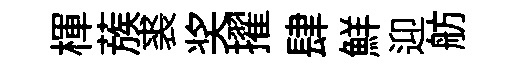
楎蔟裘奖擢肆鮮迎舫